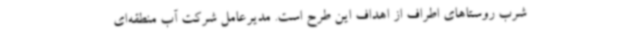
شرب روستاهای اطراف از اهداف این طرح است. مدیرعامل شرکت آب منطقه‌ای